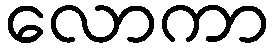
လောကာ